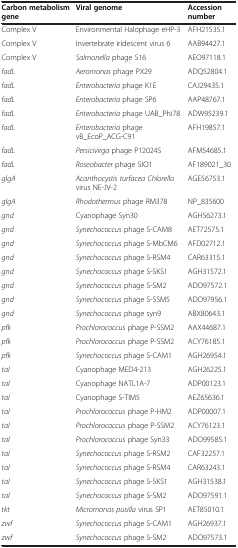
<table><thead><tr><td><b>Carbon metabolism gene</b></td><td><b>Viral genome</b></td><td><b>Accession number</b></td></tr></thead><tbody><tr><td>Complex V</td><td>Environmental Halophage eHP-3</td><td>AFH21535.1</td></tr><tr><td>Complex V</td><td>Invertebrate iridescent virus 6</td><td>AAB94427.1</td></tr><tr><td>Complex V</td><td><i>Salmonella</i> phage S16</td><td>AEO97118.1</td></tr><tr><td><i>fadL</i></td><td><i>Aeromonas</i> phage PX29</td><td>ADQ52804.1</td></tr><tr><td><i>fadL</i></td><td><i>Enterobacteria</i> phage K1E</td><td>CAJ29435.1</td></tr><tr><td><i>fadL</i></td><td><i>Enterobacteria</i> phage SP6</td><td>AAP48767.1</td></tr><tr><td><i>fadL</i></td><td><i>Enterobacteria</i> phage UAB_Phi78</td><td>ADW95239.1</td></tr><tr><td><i>fadL</i></td><td><i>Enterobacteria</i> phage vB_EcoP_ACG-C91</td><td>AFH19857.1</td></tr><tr><td><i>fadL</i></td><td><i>Persicivirga</i> phage P12024S</td><td>AFM54685.1</td></tr><tr><td><i>fadL</i></td><td><i>Roseobacter</i> phage SIO1</td><td>AF189021_30</td></tr><tr><td><i>glgA</i></td><td><i>Acanthocystis turfacea Chlorella</i> virus NE-JV-2</td><td>AGE56753.1</td></tr><tr><td><i>glgA</i></td><td><i>Rhodothermus</i> phage RM378</td><td>NP_835600</td></tr><tr><td><i>gnd</i></td><td>Cyanophage Syn30</td><td>AGH56273.1</td></tr><tr><td><i>gnd</i></td><td><i>Synechococcus</i> phage S-CAM8</td><td>AET72575.1</td></tr><tr><td><i>gnd</i></td><td><i>Synechococcus</i> phage S-MbCM6</td><td>AFD02712.1</td></tr><tr><td><i>gnd</i></td><td><i>Synechococcus</i> phage S-RSM4</td><td>CAR63315.1</td></tr><tr><td><i>gnd</i></td><td><i>Synechococcus</i> phage S-SKS1</td><td>AGH31572.1</td></tr><tr><td><i>gnd</i></td><td><i>Synechococcus</i> phage S-SM2</td><td>ADO97572.1</td></tr><tr><td><i>gnd</i></td><td><i>Synechococcus</i> phage S-SSM5</td><td>ADO97956.1</td></tr><tr><td><i>gnd</i></td><td><i>Synechococcus</i> phage syn9</td><td>ABX80643.1</td></tr><tr><td><i>pfk</i></td><td><i>Prochlorococcus</i> phage P-SSM2</td><td>AAX44687.1</td></tr><tr><td><i>pfk</i></td><td><i>Prochlorococcus</i> phage P-SSM2</td><td>ACY76185.1</td></tr><tr><td><i>pfk</i></td><td><i>Synechococcus</i> phage S-CAM1</td><td>AGH26954.1</td></tr><tr><td><i>tal</i></td><td>Cyanophage MED4-213</td><td>AGH26225.1</td></tr><tr><td><i>tal</i></td><td>Cyanophage NATL1A-7</td><td>ADP00123.1</td></tr><tr><td><i>tal</i></td><td>Cyanophage S-TIM5</td><td>AEZ65636.1</td></tr><tr><td><i>tal</i></td><td><i>Prochlorococcus</i> phage P-HM2</td><td>ADP00007.1</td></tr><tr><td><i>tal</i></td><td><i>Prochlorococcus</i> phage P-SSM2</td><td>ACY76123.1</td></tr><tr><td><i>tal</i></td><td><i>Prochlorococcus</i> phage Syn33</td><td>ADO99585.1</td></tr><tr><td><i>tal</i></td><td><i>Synechococcus</i> phage S-RSM2</td><td>CAF32257.1</td></tr><tr><td><i>tal</i></td><td><i>Synechococcus</i> phage S-RSM4</td><td>CAR63243.1</td></tr><tr><td><i>tal</i></td><td><i>Synechococcus</i> phage S-SKS1</td><td>AGH31538.1</td></tr><tr><td><i>tal</i></td><td><i>Synechococcus</i> phage S-SM2</td><td>ADO97591.1</td></tr><tr><td><i>tkt</i></td><td><i>Micromonas pusilla</i> virus SP1</td><td>AET85010.1</td></tr><tr><td><i>zwf</i></td><td><i>Synechococcus</i> phage S-CAM1</td><td>AGH26937.1</td></tr><tr><td><i>zwf</i></td><td><i>Synechococcus</i> phage S-SM2</td><td>ADO97573.1</td></tr></tbody></table>